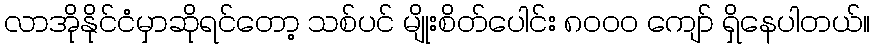
လာအိုနိုင်ငံမှာဆိုရင်တော့ သစ်ပင် မျိုးစိတ်ပေါင်း ၈၀၀၀ ကျော် ရှိနေပါတယ်။